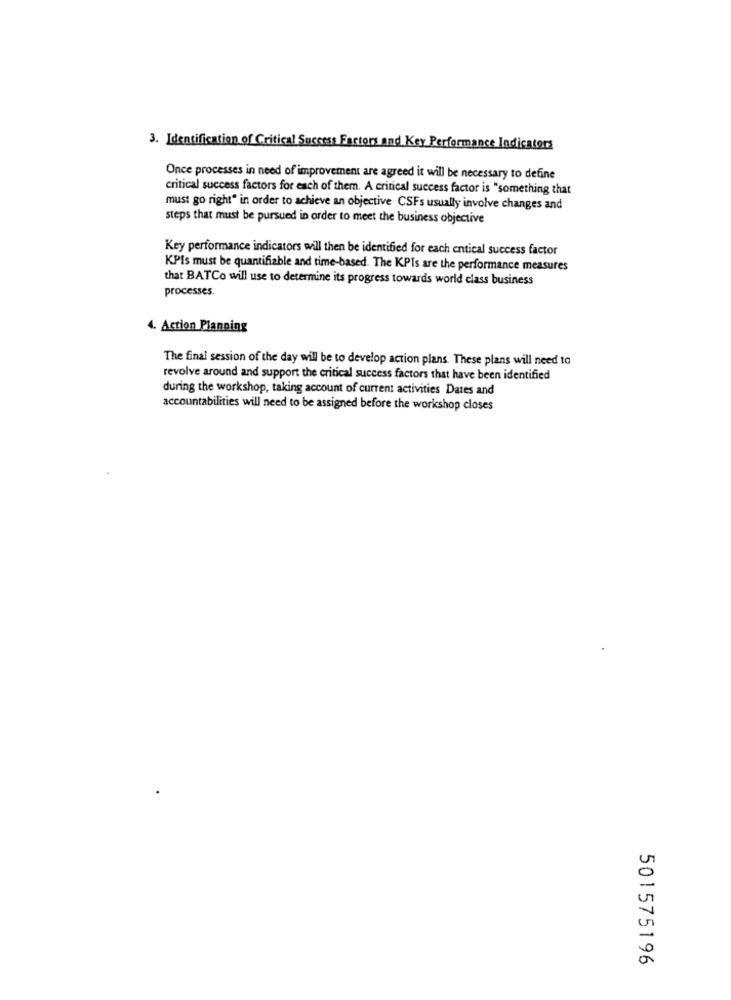
3. Identification of Critical Success Factors and Key Performance Indicators
Once processes in need of improvement are agreed it will be necessary to define
critical success factors for each of them. A critical success factor is "something that
must go right" in order to achieve an objective CSFs usually involve changes and
steps that must be pursued in order to meet the business objective
Key performance indicators will then be identified for each entical success factor
KPis must be quantifiable and time-based. The KPIs are the performance measures
that BATCo will use to determine its progress towards world class business
processes.
4. Action Planping
The final session of the day will be to develop action plans. These plans will need to
revolve around and support the critical success factors that have been identified
during the workshop, taking account of current activities Dates and
accountabilities will need to be assigned before the workshop closes
501575196